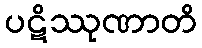
ပဋိဿုဏာတိ